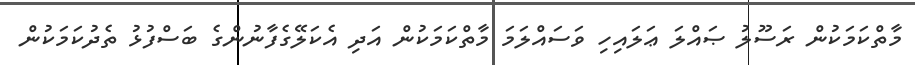
މާތްކަމަކުން ރަސޫލު ޞައްލަ ޢަލައިހި ވަސައްލަމަ މާތްކަމަކުން އަދި އެކަލޭގެފާނުންގެ ބަސްފުޅު ތެދުކަމަކުން